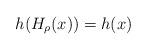
LaTeX: \begin{align*}h(H_{\rho}(x))=h(x)\end{align*}